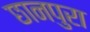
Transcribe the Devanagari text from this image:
छानपुरा